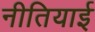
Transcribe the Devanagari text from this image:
नीतियाई